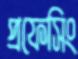
প্রফেসিং